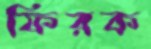
ফিরক